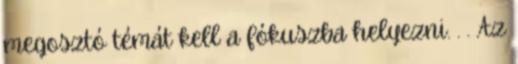
megosztó témát kell a fókuszba helyezni. . . Az